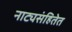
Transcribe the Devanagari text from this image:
नाट्यसंहितेत